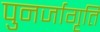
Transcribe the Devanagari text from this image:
पुनर्जागृति